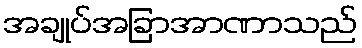
အချုပ်အခြာအာဏာသည်